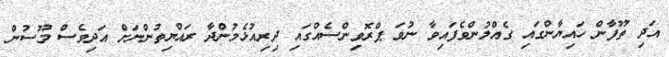
އަދި ތޫފާން ހައިޔާންގައި ގެއްލުންވެފައިވާ ނުވަ ޕްރޮވިންސެއްގައި ދިރިއުޅެމުންދާ ރައްޔިތުންނަށް އަދިވެސް މޫސުން